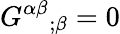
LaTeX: {G^{\alpha\beta}}_{;\beta}=0